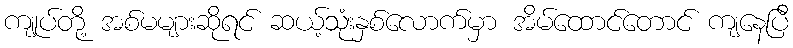
ကျုပ်တို့ အစ်မများဆိုရင် ဆယ့်သုံးနှစ်လောက်မှာ အိမ်ထောင်တောင် ကျနေပြီ